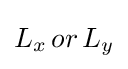
L_{x}\,or\,L_{y}